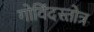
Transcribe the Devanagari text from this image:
गोविंदस्तोत्र